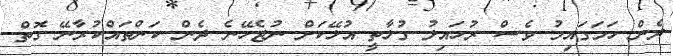
ދެން ހަމަގައިމު ވެސް ރުހައިލު ގުޅާތީ އުޅޭކަށް ނުޖެހޭނެ ދެން ކަންތައްކުރާނޭ ގޮތް